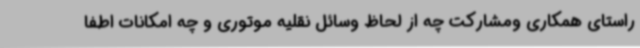
راستای همکاری ومشارکت چه از لحاظ وسائل نقلیه موتوری و چه امکانات اطفا